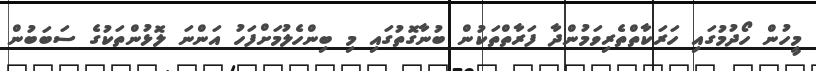
މީހުން ހޯދުމުގައި ހަރަކާތްތެރިވަމުންދާ ފަރާތްތަކުން ބުނާގޮތުގައި މި ބިންހެލުމަށްފަހު އަންނަ ލޮޅުންތަކުގެ ސަބަބުން